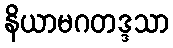
နိယာမဂတဒ္ဒသာ